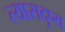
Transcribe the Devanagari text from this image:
त्यासदृष्य